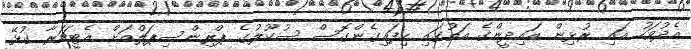
އެދުވަހު އައި ރުޅިން އައިދީންގެ އަތުގައި ހިފައިގެންގޮސް ސުކޫލުގެ ޕްރިންސިޕަލްއަށް އެޓީޗަރާ ގުޅޭ